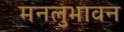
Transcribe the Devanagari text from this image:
मनलुभावन